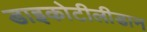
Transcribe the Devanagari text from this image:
डाइकोटीलीडान